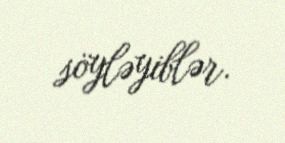
söyləyiblər.